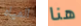
المياه هنا